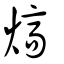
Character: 燺